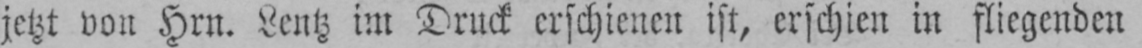
jetzt von Hrn. Lentz im Druck erschienen ist, erschien in fliegenden